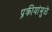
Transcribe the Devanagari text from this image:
प्रक्रीयांमुळे